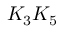
K _ { 3 } K _ { 5 }